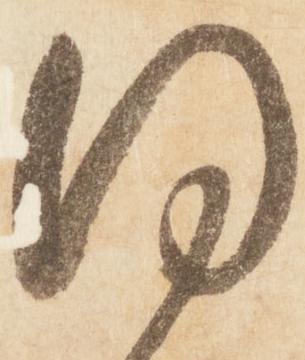
何